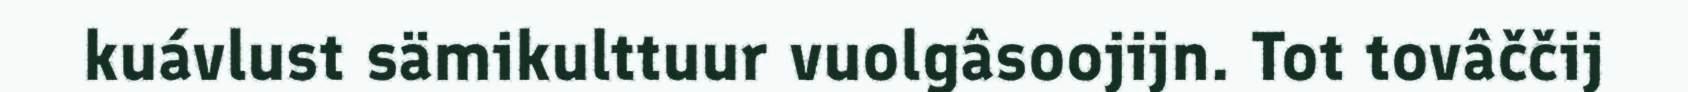
kuávlust sämikulttuur vuolgâsoojijn. Tot tovâččij